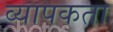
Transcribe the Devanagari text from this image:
व्‍यापकता